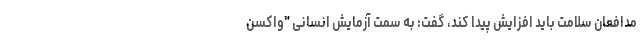
مدافعان سلامت باید افزایش پیدا کند، گفت: به سمت آزمایش انسانی "واکسن